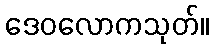
ဒေဝလောကသုတ်။